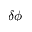
\delta \phi